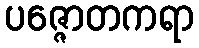
ပဇ္ဇောတကရာ